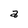
Character: a